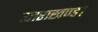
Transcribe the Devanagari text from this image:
उत्तराखण्ड।